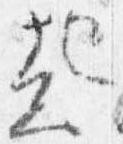
起